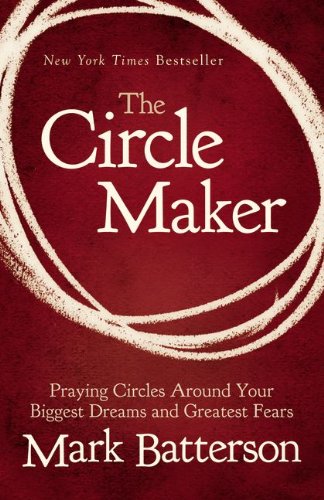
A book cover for The Circle Maker: Praying Circles Around Your Biggest Dreams and Greatest Fears; Mark Batterson; Christian Books & Bibles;